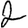
Digit: 2